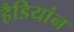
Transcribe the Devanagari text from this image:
हैडियांन